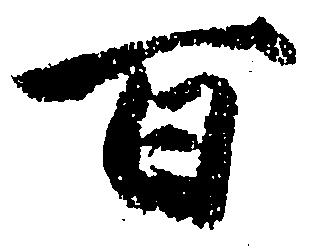
百